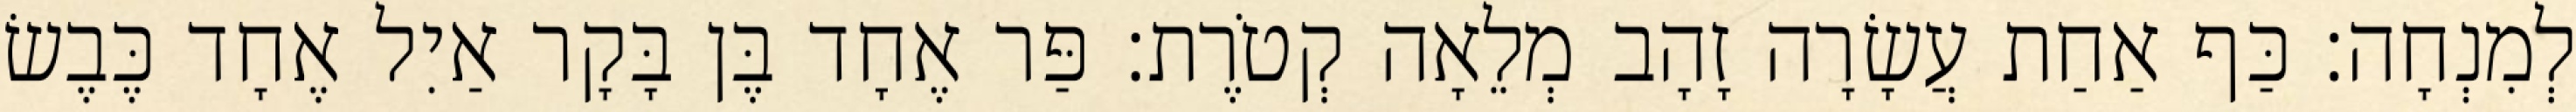
לְמִנְחָה׃ כַּף אַחַת עֲשָׂרָה זָהָב מְלֵאָה קְטֹרֶת׃ פַּר אֶחָד בֶּן בָּקָר אַיִל אֶחָד כֶּבֶשׂ